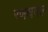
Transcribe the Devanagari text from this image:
रणधवल